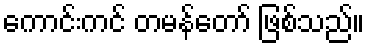
ကောင်းကင် တမန်တော် ဖြစ်သည်။